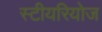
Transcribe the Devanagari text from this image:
स्टीयरियोज